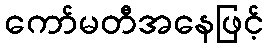
ကော်မတီအနေဖြင့်